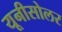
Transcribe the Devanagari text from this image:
यूनीसोलर